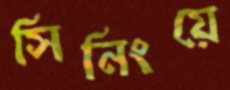
সিনিংয়ে